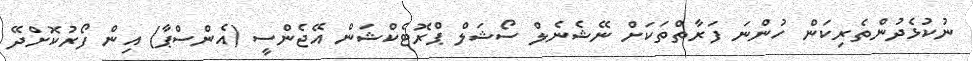
ނުކުޅެދުންތެރިކަން ހުންނަ ފަރާތްތަކަށް ނޭޝެނެލް ސޯޝަލް ޕްރޮޓެކްޝަން އޭޖެންސީ (އެންސްޕާ) އިން ފޯރުކޮށްދޭ